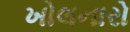
ખોલનારો